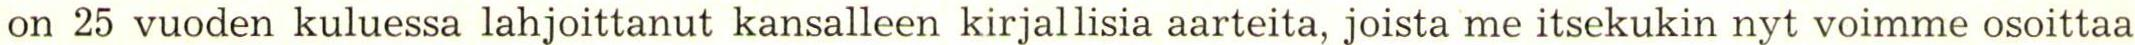
on 25 vuoden kuluessa lahjoittanut kansalleen kirjallisia aarteita, joista me itsekukin nyt voimme osoittaa